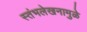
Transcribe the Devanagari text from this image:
स्तंभलेखनामुळे